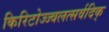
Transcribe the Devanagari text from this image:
किरिटोज्ज्वलत्सर्वदिक्‌